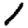
Digit: 1